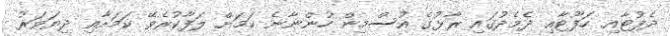
ދެފުޓާއި ހަފޫޓާއި ދެމެދުގައި ރާޅުގެ އުސްމިން ހުންނާނެ ކަމަށް ލަފާކުރެވޭ ކަމަށާއި ދިޔަވަރު